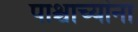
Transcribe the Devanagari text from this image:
पाश्चाच्यांना